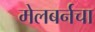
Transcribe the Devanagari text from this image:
मेलबर्नचा